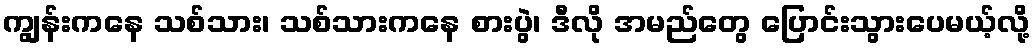
ကျွန်းကနေ သစ်သား၊ သစ်သားကနေ စားပွဲ၊ ဒီလို အမည်တွေ ပြောင်းသွားပေမယ့်လို့